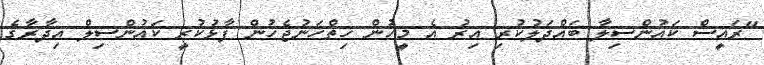
"ރައީސް ކައުންސިލާ ބައްދަލުކުރި އިރު އެ މީހުން ހިތްހަނުޖެހުން ފާޅުކުރީ ކައުންސިލް އިދާރާގެ